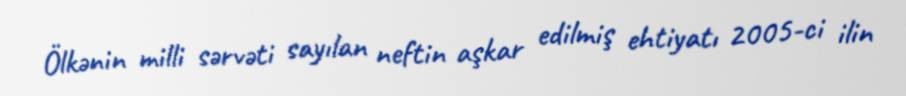
Ölkənin milli sərvəti sayılan neftin aşkar edilmiş ehtiyatı 2005-ci ilin